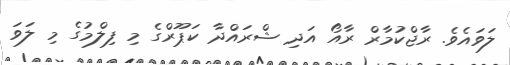
ލަވައެެވެ. ރާޖްކުމާރް ރާއޯ އަދި ޝްރައްދާ ކަޕޫރްގެ މި ފިލްމުގެ މި ލަވަ